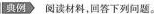
典例 阅读材料，回答下列问题。